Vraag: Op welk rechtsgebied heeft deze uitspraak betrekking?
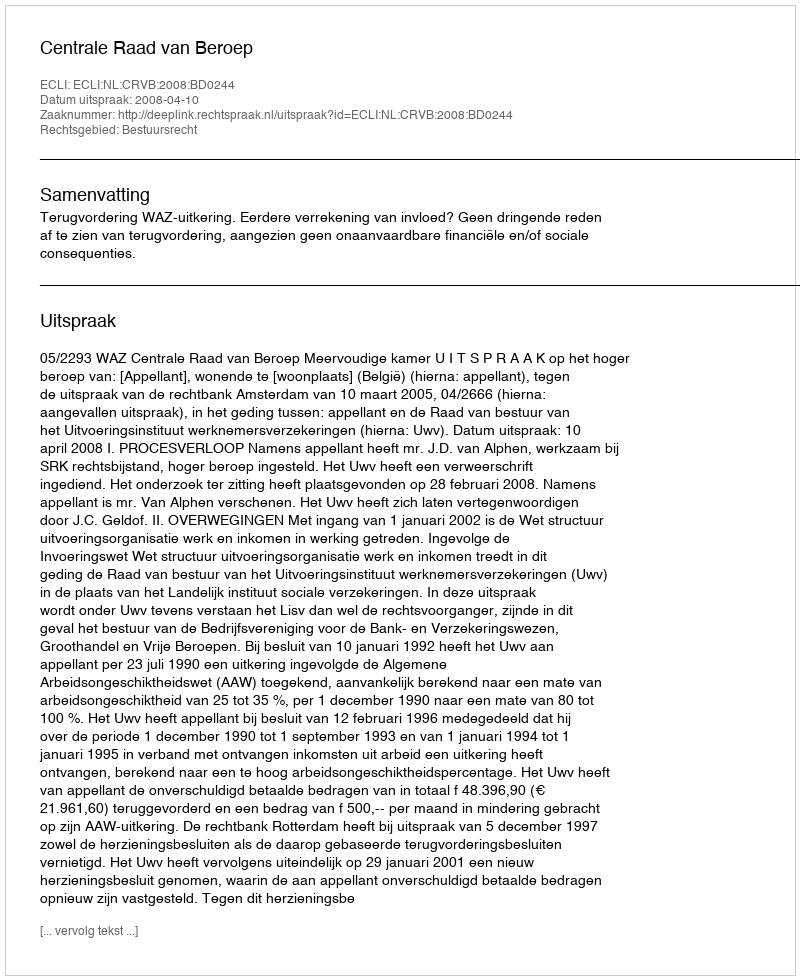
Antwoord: Bestuursrecht